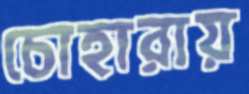
চোহারায়